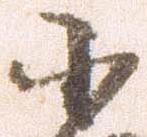
小